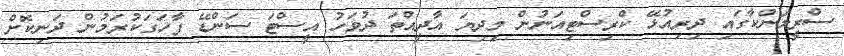
ސްރީލަންކާގައި ދިރިއުޅޭ ކްރިސްޓިއަނުން މިދިޔަ އާދީއްތަ ދުވަހު އީސްޓަ ސަންޑޭ ފާހަގަކުރަމުން ދަނިކޮށް